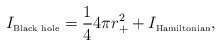
\begin{align*}I_{\mbox{\tiny Black hole}}=\frac{1}{4}4\pi r_{+}^{2}+I_{\mbox{\tiny Hamiltonian}},\end{align*}